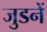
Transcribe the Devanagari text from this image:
जुडनें